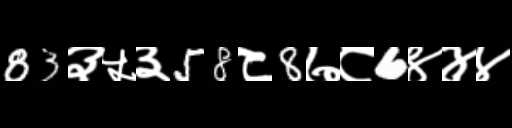
Text: 83३५३58८8७८6४४४